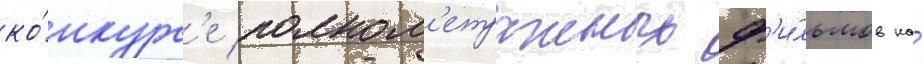
ко́нкурс'е полном'етражных ф'и́льмов на́